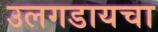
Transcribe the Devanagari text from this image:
उलगडायचा